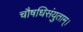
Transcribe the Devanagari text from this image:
चौषधिसंयुताम्।